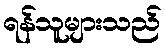
ရန်သူများသည်